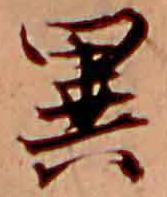
異